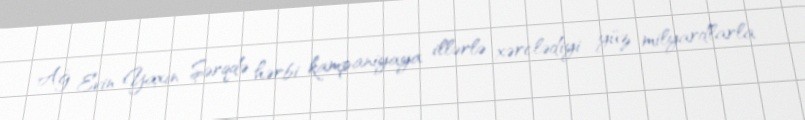
Ağ Evin Yaxın Şərqdə hərbi kampaniyaya illərlə xərclədiyi yüz milyardlarla